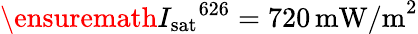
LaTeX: \ensuremath{I_{\mathrm{sat}}}^{626}=720\, \textrm{mW/m}^{2}